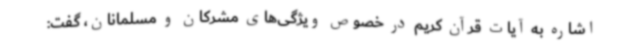
اشاره به آیات قرآن کریم در خصوص ویژگی‌های مشرکان و مسلمانان، گفت: